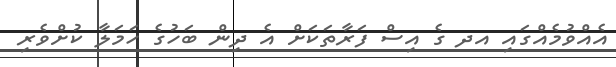
އެއްވުމެއްގައި އދ ގެ އިސް ފަރާތަކަށް އެ ދިން ބަހުގެ ހަމަލާ ކުށްވެރި